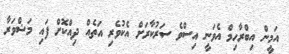
އަމީން އިބްރާހިމް އެވަނީ އިސްވެ ސަރުކާރަށް އެކުވެރި އަތެއް ދިއްކޮށް ފައި މަޝްވަރާ